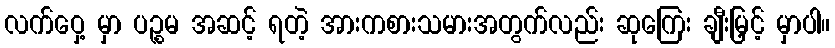
လက်ဝှေ့ မှာ ပဉ္စမ အဆင့် ရတဲ့ အားကစားသမားအတွက်လည်း ဆုကြေး ချီးမြှင့် မှာပါ။